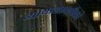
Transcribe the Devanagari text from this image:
न्यायालायापैकी